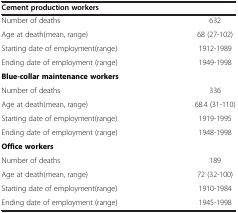
<table><thead><tr><td colspan="2"><b>Cement production workers</b></td></tr></thead><tbody><tr><td>Number of deaths</td><td>632</td></tr><tr><td>Age at death(mean, range)</td><td>68 (27-102)</td></tr><tr><td>Starting date of employment(range)</td><td>1912-1989</td></tr><tr><td>Ending date of employment (range)</td><td>1949-1998</td></tr><tr><td colspan="2"><b>Blue-collar maintenance workers</b></td></tr><tr><td>Number of deaths</td><td>336</td></tr><tr><td>Age at death(mean, range)</td><td>68.4 (31-110)</td></tr><tr><td>Starting date of employment(range)</td><td>1919-1995</td></tr><tr><td>Ending date of employment (range)</td><td>1948-1998</td></tr><tr><td colspan="2"><b>Office workers</b></td></tr><tr><td>Number of deaths</td><td>189</td></tr><tr><td>Age at death(mean, range)</td><td>72 (32-100)</td></tr><tr><td>Starting date of employment(range)</td><td>1910-1984</td></tr><tr><td>Ending date of employment (range)</td><td>1945-1998</td></tr></tbody></table>